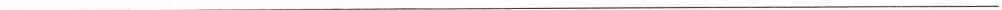
___